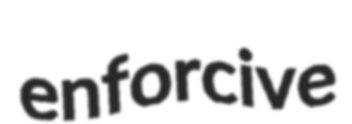
enforcive